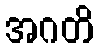
အဂတိ